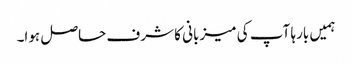
ہمیں بارہا آپ کی میزبانی کا شرف حاصل ہوا۔